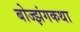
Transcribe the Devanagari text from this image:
बोज्झंगकथा